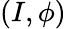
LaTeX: (I,\phi)